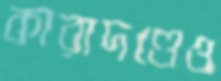
কারাদণ্ডেও